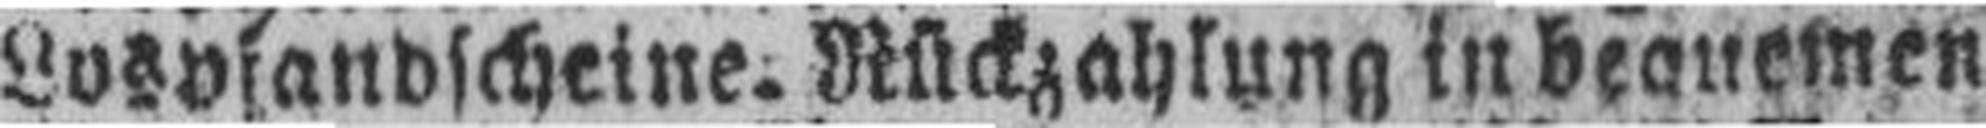
Losplandscheine. Rückzahlung in bequemen